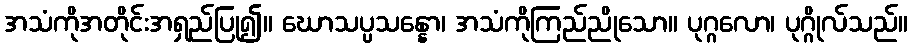
အသံကိုအတိုင်းအရှည်ပြု၍။ ဃောသပ္ပသန္နော၊ အသံကိုကြည်ညိုသော။ ပုဂ္ဂလော၊ ပုဂ္ဂိုလ်သည်။